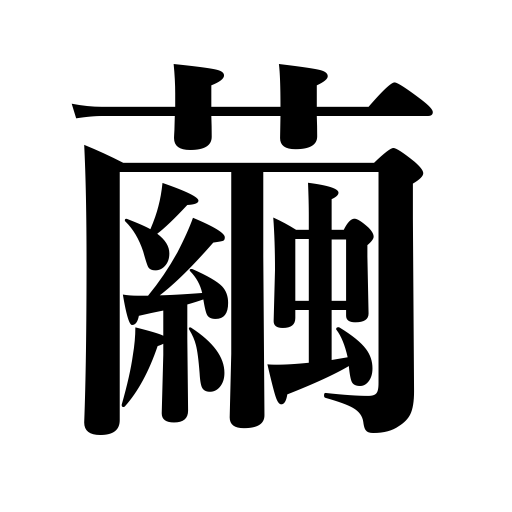
Meanings: cocoon